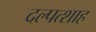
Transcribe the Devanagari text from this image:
दल्पत्शाह